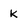
Character: k